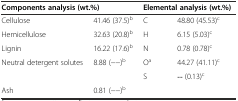
<table><thead><tr><td colspan="2"><b>Components analysis (wt.%)</b></td><td colspan="2"><b>Elemental analysis (wt.%)</b></td></tr></thead><tbody><tr><td>Cellulose</td><td>41.46 (37.5)<sup>b</sup></td><td>C</td><td>48.80 (45.53)<sup>c</sup></td></tr><tr><td>Hemicellulose</td><td>32.63 (20.8)<sup>b</sup></td><td>H</td><td>6.15 (5.03)<sup>c</sup></td></tr><tr><td>Lignin</td><td>16.22 (17.6)<sup>b</sup></td><td>N</td><td>0.78 (0.78)<sup>c</sup></td></tr><tr><td rowspan="2">Neutral detergent solutes</td><td rowspan="2">8.88 (−−)<sup>b</sup></td><td>O<sup>a</sup></td><td>44.27 (41.11)<sup>c</sup></td></tr><tr><td>S</td><td>-- (0.13)<sup>c</sup></td></tr><tr><td>Ash</td><td>0.81 (−−)<sup>b</sup></td><td></td><td></td></tr></tbody></table>